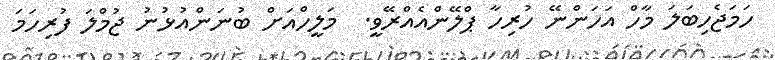
ހަމަޖެހިބަލަ މާހް އަހަންނޭ ހުރިހާ ޕްލޭންއެއްރޭވީ.  މަލީހްއަށް ބުނަންއުޅުނު ޖުމްލަ ފުރިހަމަ